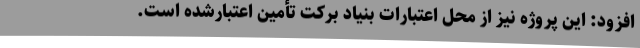
افزود: این پروژه نیز از محل اعتبارات بنیاد برکت تأمین اعتبارشده است.